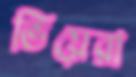
ভিয়েরা